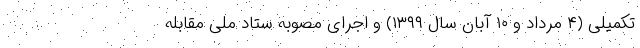
تکمیلی (۴ مرداد و ۱۰ آبان سال ۱۳۹۹) و اجرای مصوبه ستاد ملی مقابله